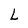
Character: L